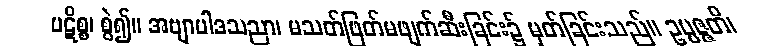
ပဋိစ္စ၊ စွဲ၍။ အဗျာပါဒသညာ၊ မသတ်ဖြတ်မဖျက်ဆီးခြင်း၌ မှတ်ခြင်းသည်။ ဥပ္ပဇ္ဇတိ၊